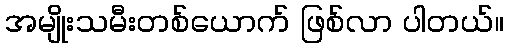
အမျိုးသမီးတစ်ယောက် ဖြစ်လာ ပါတယ်။